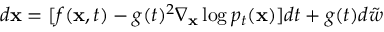
d \mathbf { x } = [ f ( \mathbf { x } , t ) - g ( t ) ^ { 2 } \nabla _ { \mathbf { x } } \log p _ { t } ( \mathbf { x } ) ] d t + g ( t ) d \Tilde { w }